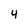
Character: 4